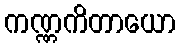
ကဏ္ဏကိတာယော